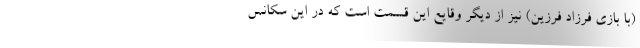
(با بازی فرزاد فرزین) نیز از دیگر وقایع این قسمت است که در این سکانس